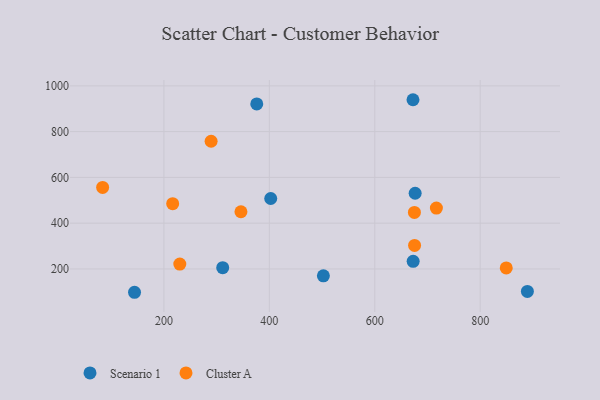
{"axis": {"x": "Ad Spend", "y": "Demand"}, "legend": ["Cluster A", "Scenario 1"], "data": [{"x": "402.6", "y": 507.9, "type": "Scenario 1"}, {"x": "144.2", "y": 98.1, "type": "Scenario 1"}, {"x": "376.1", "y": 921.2, "type": "Scenario 1"}, {"x": "311.5", "y": 205.5, "type": "Scenario 1"}, {"x": "676.6", "y": 530.7, "type": "Scenario 1"}, {"x": "672.5", "y": 939.4, "type": "Scenario 1"}, {"x": "672.8", "y": 233.5, "type": "Scenario 1"}, {"x": "502.5", "y": 170.1, "type": "Scenario 1"}, {"x": "889.5", "y": 101.8, "type": "Scenario 1"}, {"x": "849.4", "y": 204.3, "type": "Cluster A"}, {"x": "289.5", "y": 758.0, "type": "Cluster A"}, {"x": "346.1", "y": 450.0, "type": "Cluster A"}, {"x": "216.6", "y": 485.3, "type": "Cluster A"}, {"x": "675.5", "y": 302.7, "type": "Cluster A"}, {"x": "230.1", "y": 221.2, "type": "Cluster A"}, {"x": "716.9", "y": 466.0, "type": "Cluster A"}, {"x": "675.2", "y": 446.9, "type": "Cluster A"}, {"x": "83.7", "y": 556.4, "type": "Cluster A"}]}